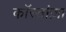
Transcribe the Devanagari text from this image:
कॉस्तांज़ा